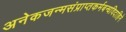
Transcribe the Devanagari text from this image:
अनेकजन्मसंप्राप्तकर्मबन्धविदाहिने